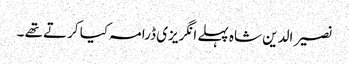
نصیر الدین شاہ پہلے انگریزی ڈرامہ کیا کرتے تھے ۔